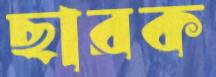
ছারক